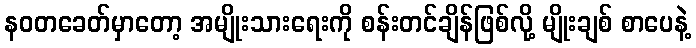
နဝတခေတ်မှာတော့ အမျိုးသားရေးကို စန်းတင်ချိန်ဖြစ်လို့ မျိုးချစ် စာပေနဲ့